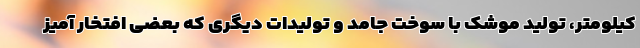
کیلومتر، تولید موشک با سوخت جامد و تولیدات دیگری که بعضی افتخار آمیز